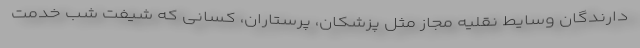
دارندگان وسایط نقلیه مجاز مثل پزشکان، پرستاران، کسانی که شیفت شب خدمت